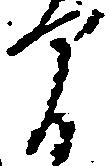
間